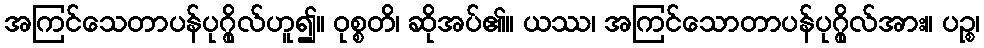
အကြင်သေတာပန်ပုဂ္ဂိုလ်ဟူ၍။ ဝုစ္စတိ၊ ဆိုအပ်၏။ ယဿ၊ အကြင်သောတာပန်ပုဂ္ဂိုလ်အား။ ပဉ္စ၊